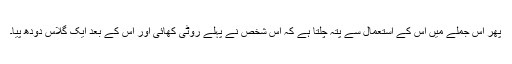
پھر اس جملے میں اس کے استعمال سے پتہ چلتا ہے کہ اس شخص نے پہلے روٹی کھائی اور اس کے بعد ایک گلاس دودھ پیا۔